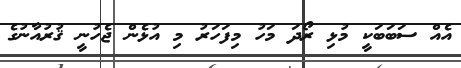
އެއް ސަބަބަކީ މުޅި ރޯދަ މަހު މިފަހަރު މި އުޅެން ޖެހުނީ ޤުރުއާނުގެ